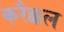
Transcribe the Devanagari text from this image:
करैक्कल